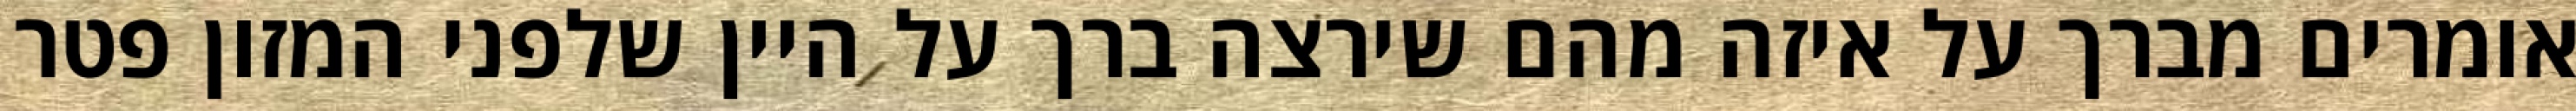
אומרים מברך על איזה מהם שירצה ברך על היין שלפני המזון פטר